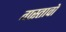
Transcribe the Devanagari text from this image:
गस्तावो